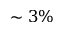
\sim 3 \%